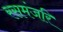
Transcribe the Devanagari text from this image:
रसमंजरि